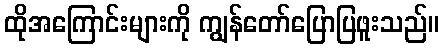
ထိုအကြောင်းများကို ကျွန်တော်ပြောပြဖူးသည်။